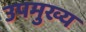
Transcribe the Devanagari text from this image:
उपमुख्य